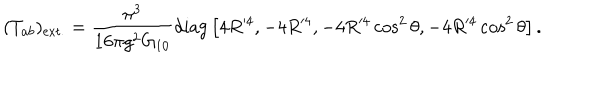
( T _ { a b } ) _ { \mathrm { e x t . } } = \frac { \pi ^ { 3 } } { 1 6 \pi g ^ { 2 } G _ { 1 0 } } \mathrm { d i a g } \left[ 4 R ^ { 4 } , - 4 R ^ { 4 } , - 4 R ^ { 4 } \cos ^ { 2 } \theta , - 4 R ^ { 4 } \cos ^ { 2 } \theta \right] .